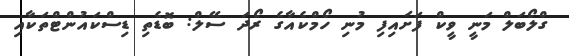
ގްލޯބަލް މަނީ ވީކް ފަށައިފި މުނި ހޯމްކެއާގެ ރޯދަ ސޭލް: ބޮޑެތި ޑިސްކައުންޓްތަކާއި